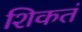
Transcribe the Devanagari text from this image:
शिकतं